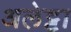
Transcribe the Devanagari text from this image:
अलेट्टा